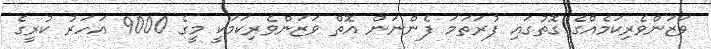
ވަޒަންވެރިކަމެއްގެ ގޮތުގައި ފުރަތަމަ ފެންނަން އޮތް ވަޒަންވެރިކަމަކީ މީގެ 9000 އަހަރު ކުރީގެ